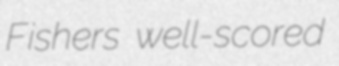
Fishers well-scored